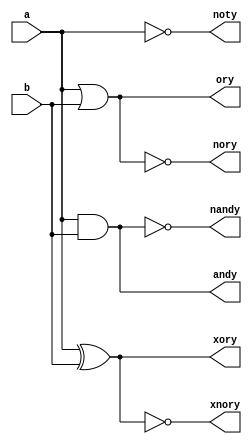
`timescale 1ns / 1ps
//////////////////////////////////////////////////////////////////////////////////
// Company: 
// Engineer: 
// 
// Design Name: 
// Module Name:    gatelevel_modelling_1 
// Project Name: 
// Target Devices: 
// Tool versions: 
// Description: 
//
// Dependencies: 
//
// Revision: 
// Revision 0.01 - File Created
// Additional Comments: 
//
//////////////////////////////////////////////////////////////////////////////////
module gatelevel_modelling_1(input a,b,output andy,ory,nory,noty,xory,xnory,nandy);

and a1(andy,a,b);
or a2(ory,a,b);
nor a3(nory,a,b);
not a4(noty,a);
xor a5(xory,a,b);
xnor a6(xnory,a,b);
nand a7(nandy,a,b);



endmodule